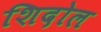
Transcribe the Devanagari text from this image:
शिदोल